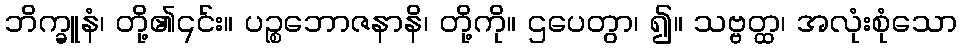
ဘိက္ခူနံ၊ တို့၏၎င်း။ ပဉ္စဘောဇနာနိ၊ တို့ကို။ ဌပေတွာ၊ ၍။ သဗ္ဗတ္ထ၊ အလုံးစုံသော